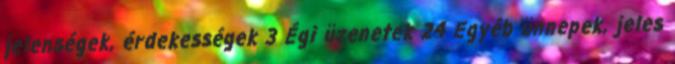
jelenségek, érdekességek 3 Égi üzenetek 24 Egyéb ünnepek, jeles